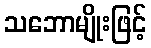
သဘောမျိုးဖြင့်